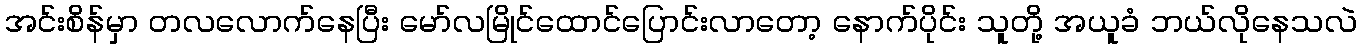
အင်းစိန်မှာ တလလောက်နေပြီး မော်လမြိုင်ထောင်ပြောင်းလာတော့ နောက်ပိုင်း သူတို့ အယူခံ ဘယ်လိုနေသလဲ